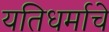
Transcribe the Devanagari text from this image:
यतिधर्माचे